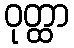
ဝုတ္ထာ